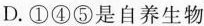
D. ①④⑤是自养生物